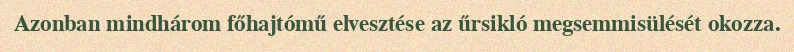
Azonban mindhárom főhajtómű elvesztése az űrsikló megsemmisülését okozza.